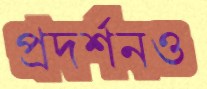
প্রদর্শনও